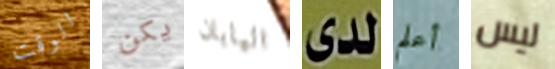
الوقت يكن اليابان لدى أعلم ليس